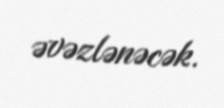
əvəzlənəcək.